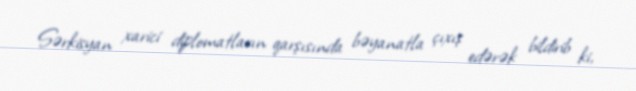
Sərkisyan xarici diplomatların qarşısında bəyanatla çıxış edərək bildirib ki,